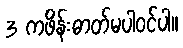
3 ကဖိန်းဓာတ်မပါဝင်ပါ။